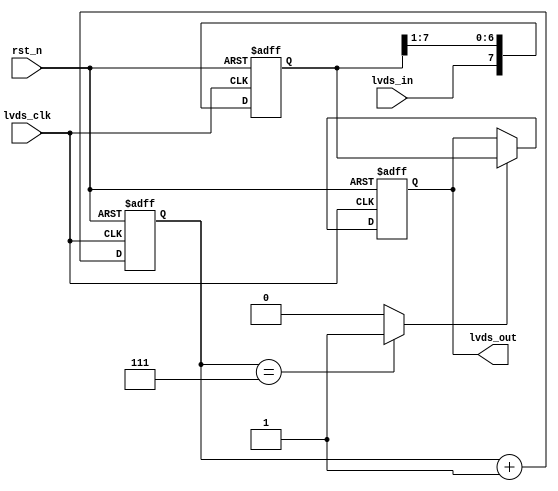
/*
 LVDS 
*/

module ex_shift_reg (
    input   wire        rst_n,
    input   wire        lvds_clk,
    input   wire        lvds_in,      // lvds 
    output  reg   [7:0] lvds_out
);

reg     [7:0]   shift_reg;  // 
reg     [2:0]   shift_cnt;  // 8
reg             shift_flag; // 8

//  {7'b1010_000, 3'b010} --> 10'b1010_000_010
// shift_reg lvds_in 8
// init: | reg[7] | reg[6] | reg[5] | reg[4] | reg[3] | reg[2] | reg[1] | reg[0] |
// clk1: | in_1   | reg[7] | reg[6] | reg[5] | reg[4] | reg[3] | reg[2] | reg[1] |
// clk2: | in_2   | in_1   | reg[7] | reg[6] | reg[5] | reg[4] | reg[3] | reg[2] |
// ...
// clk7: | in_7   | in_6   | in_5   | in_4   | in_3   | in_2   | in_1   | reg[7] |
// clk8: | in_8   | in_7   | in_6   | in_5   | in_4   | in_3   | in_2   | in_1   |

always @(posedge lvds_clk or negedge rst_n) begin
    if(rst_n == 1'b0)
        shift_reg <= 8'b0;
    else
        shift_reg <= {lvds_in, shift_reg[7:1]};  // lvds_in  shift_reg 
end

always @(posedge lvds_clk or negedge rst_n) begin
    if(rst_n == 1'b0)
        shift_cnt <= 3'b111; //  3'b111  clk  1  3'b000 shift_cnt  0~7 0 
    else
        shift_cnt <= shift_cnt + 1'b1;
end

always  @(shift_cnt) begin  //  always @* 
    if(shift_cnt == 3'b111)
        shift_flag <= 1'b1;
    else
        shift_flag <= 1'b0;  //  FPGA 
end

always @(posedge lvds_clk or negedge rst_n) begin
    if(rst_n == 1'b0)
        lvds_out <= 8'b0;
    else if(shift_flag == 1'b1)
        lvds_out <= shift_reg;
end

endmodule